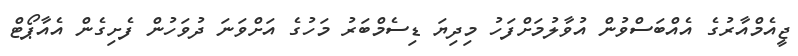
ޖީއެމްއާރުގެ އެއްބަސްވުން އުވާލުމަށްފަހު މިދިޔަ ޑިސެމްބަރު މަހުގެ އަށްވަނަ ދުވަހުން ފެށިގެން އެއާޕޯޓް